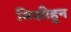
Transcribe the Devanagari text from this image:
मिशीहून